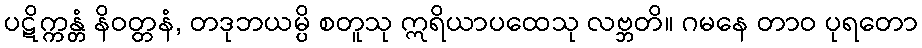
ပဋိက္ကန္တံ နိဝတ္တနံ, တဒုဘယမ္ပိ စတူသု ဣရိယာပထေသု လဗ္ဘတိ။ ဂမနေ တာဝ ပုရတော